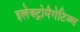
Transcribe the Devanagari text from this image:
इलेक्ट्रोमैगेटिज्म